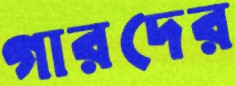
গারদের